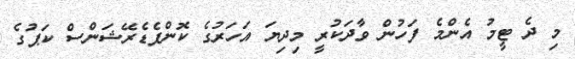
މި ދެ ޓީމު އެންމެ ފަހުން ވާދަކުރީ މިދިޔަ އަހަރުގެ ކޮންފެޑެރޭޝަންސް ކަޕުގެ